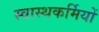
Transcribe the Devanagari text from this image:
स्वास्थकर्मियों